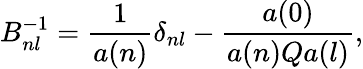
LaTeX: B_{nl}^{-1}=\frac{1}{a(n)}\delta_{nl}-\frac{a(0)}{a(n)Qa(l)},